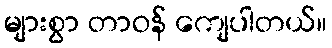
များစွာ တာဝန် ကျေပါတယ်။